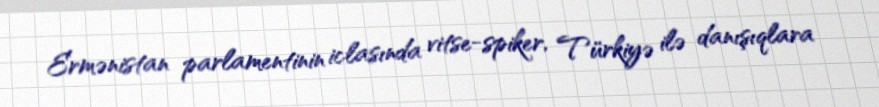
Ermənistan parlamentinin iclasında vitse-spiker, Türkiyə ilə danışıqlara